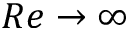
R e \to \infty